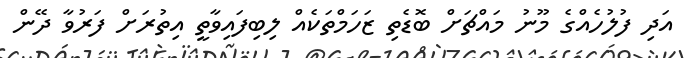
އަދި ފުލުހެއްގެ މޫނު މައްޗަށް ބޮޑެތި ޒަހަމްތަކެއް ލިބިފައިވާތީ އިތުރަށް ފަރުވާ ދޭން